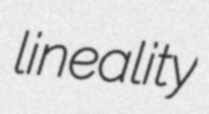
lineality